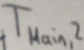
Text: TMain,2